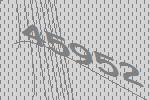
45952